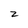
Character: z